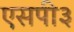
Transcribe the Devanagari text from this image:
एसपी३